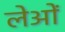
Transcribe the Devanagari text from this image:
लेओं